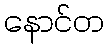
နောင်တ